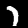
Label: 7